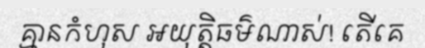
គ្មានកំហុស អយុត្តិធម៌ណាស់! តើគេ